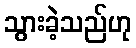
သွားခဲ့သည်ဟု